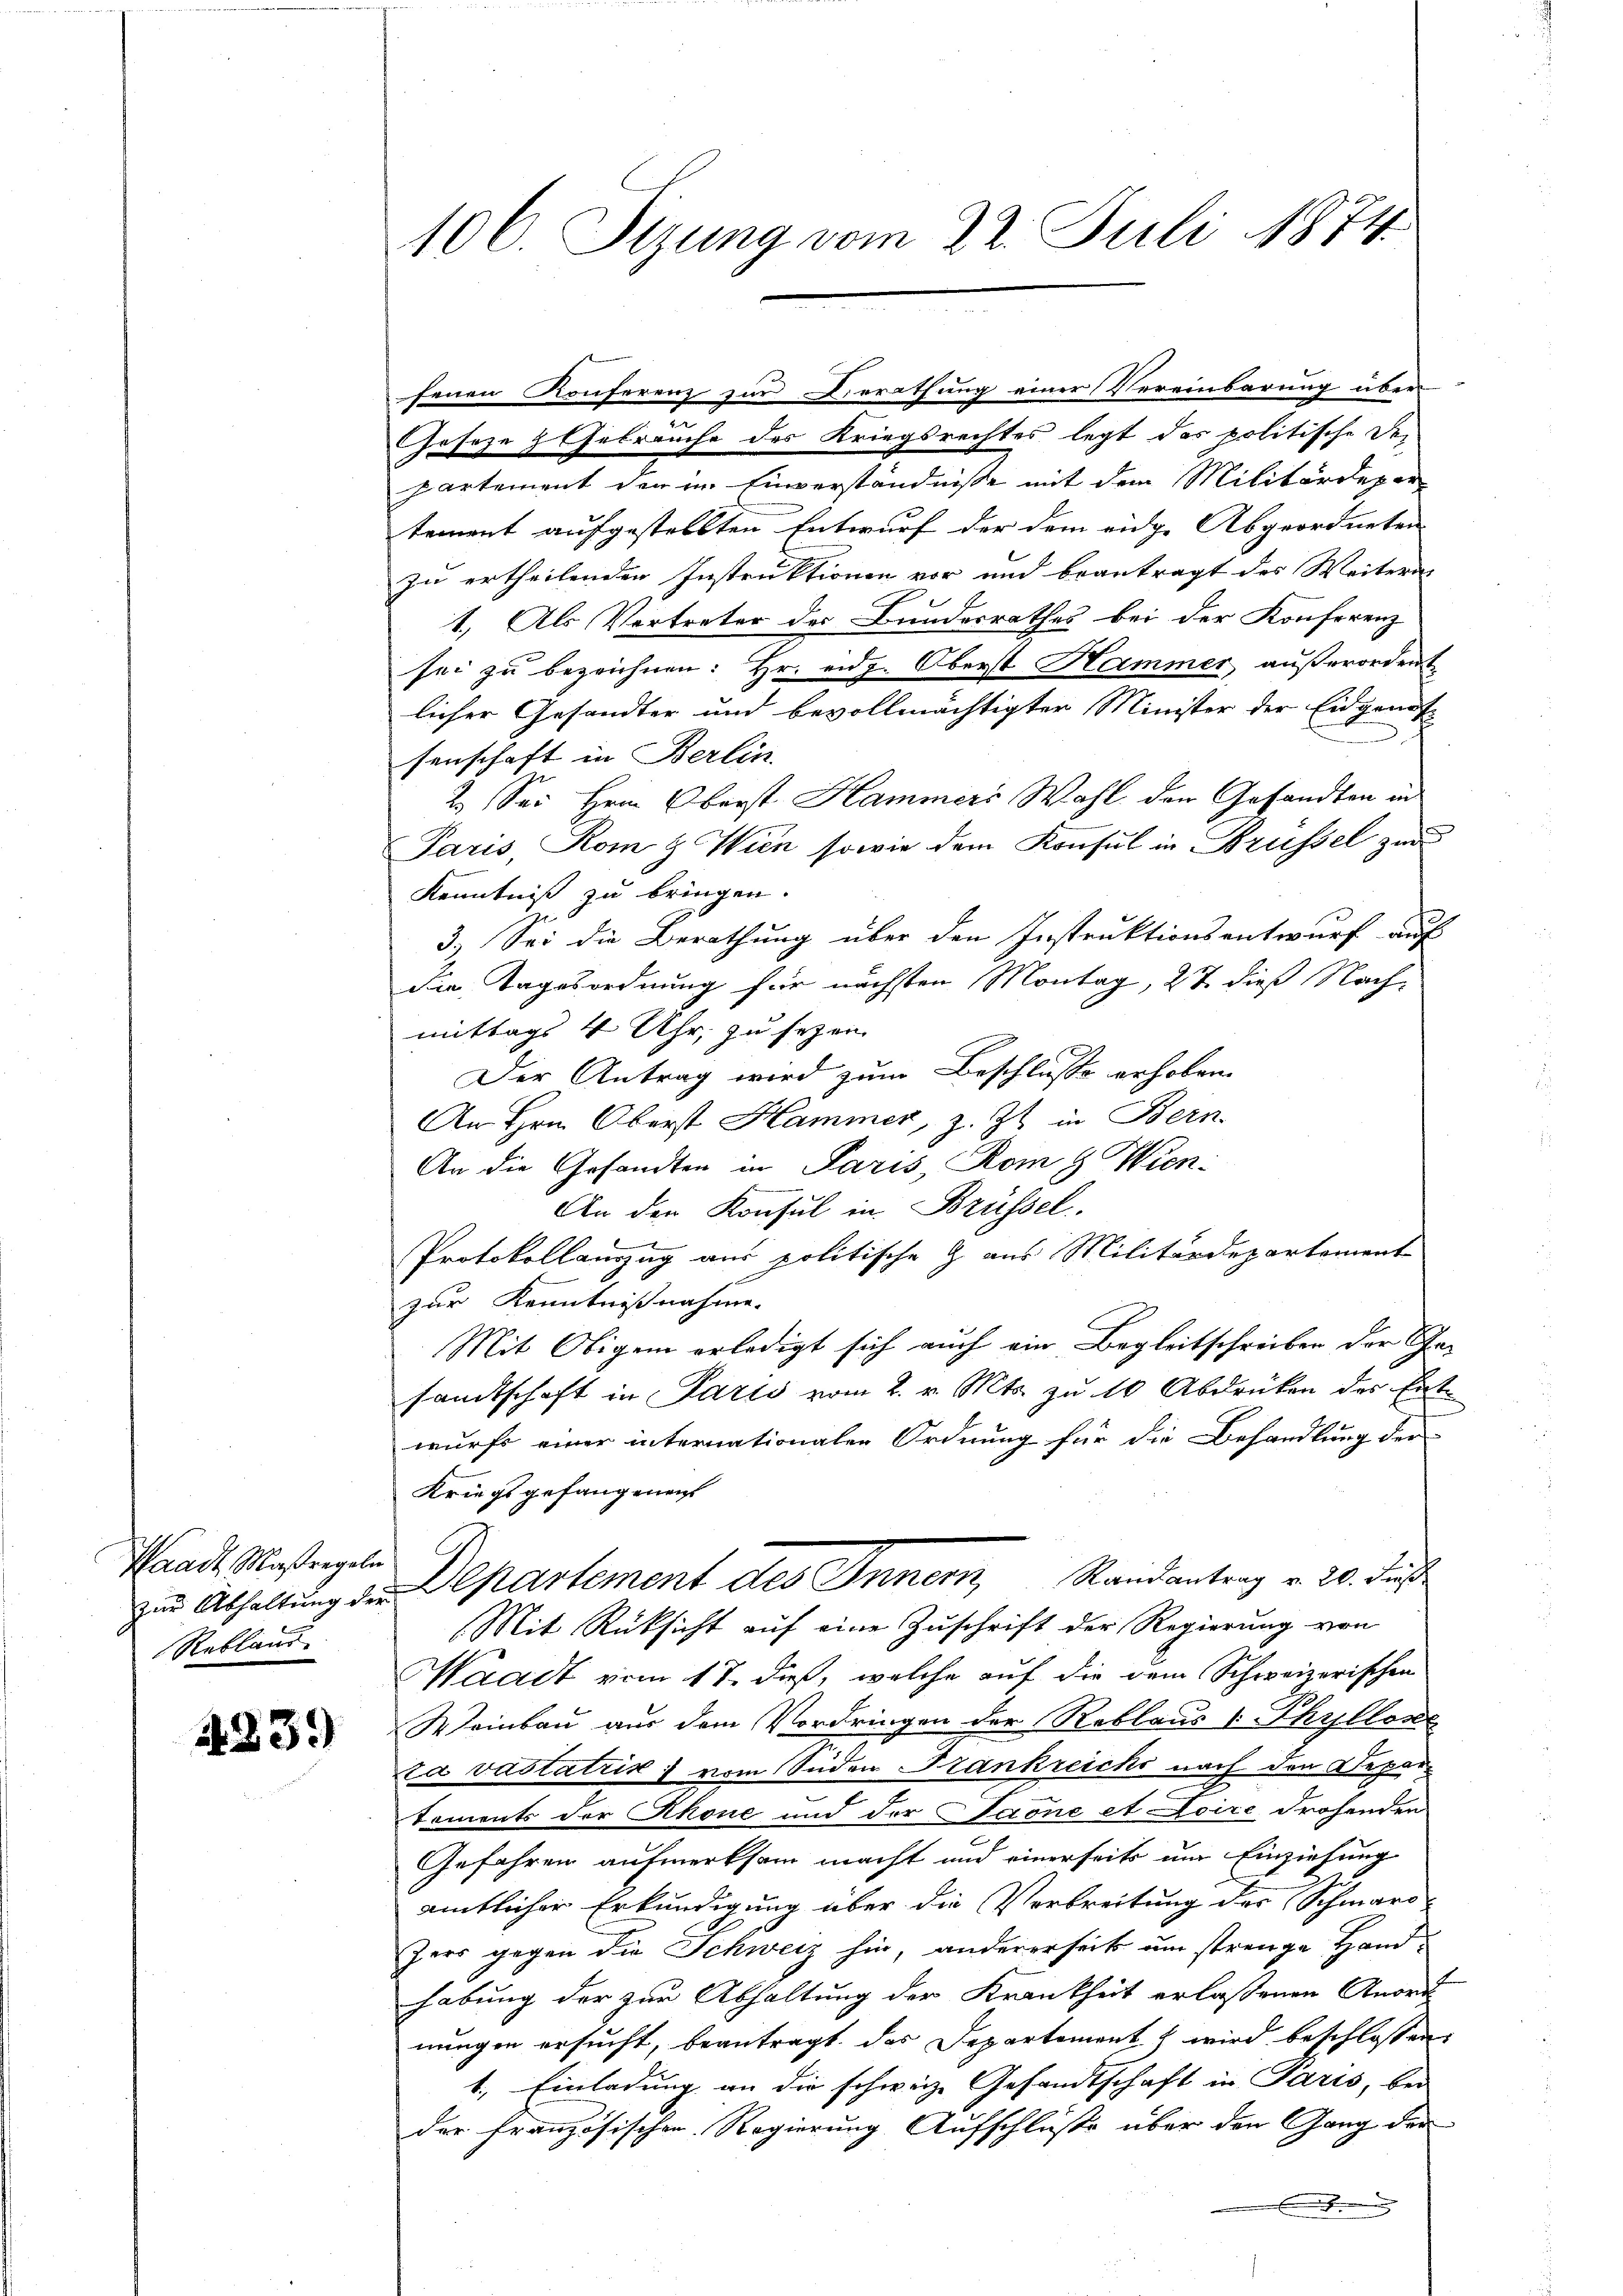
Waadt, Maßregeln
Reblans

1339)

106. Sizung vom 22. Juli 1874.

Geseze & Gebräuche des Kriegsrechtes legt das politische Departement der im Einverständnisse mit dem Militärdepar
tement aufgestellten Entwurf der dem eidge Abgeordneten |
zu ertheilenden Instruktionen vor und beantragt des Weitern
1. Als Vertreter des Bundesrathes bei der Konferenz
sei zu bezeichnen: Hr. eidg. Oberst Hammer außerordent
licher Gesandter und bevollmächtigter Minister der Eidgenosn
senschaft in Berlin
2.) Sei Hrn. Oberst Hammers Wahl den Gesandten in
Paris, Rom & Wien sowie dem Konsul in Brüssel zur
Kenntniß zu bringen.
3.) Sei die Berathung über den Instruktionsentwurf auf
die Tagesordnung für nächsten Montag, 27 dieß Nachmittags 4 Uhr, zu sezen.
Der Antrag wird zum Beschlusse erhoben.
An Hrn. Oberst Hammer, z. Zt. in Bern.
An die Gesandten in Paris, Rom 8. Wien
An den Konsul in Brüssel.
Protokollauszug aus politische Z. aus Militärdepartement
zur Kenntnißnahme.
Mit Obigem erledigt sich auch ein Begleitschreiben der Gesandtschaft in Paris vom 2. v. Mts. zu 10 Abdrüken des Entwurfs einer internationalen Ordnung für die Behandlung der
Kriegsgefangenen
zur Abhaltung der Departement des Innern, Randantrag v. 20. Fuß
Mit Rüksicht auf eine Zuschrift der Regierung von
Waadt vom 17. dieß, welche auf die dem Schweizerischen
Weinbau aus dem Vordringen der Reblaus 1 Phyllone
ra vastatis vom Süden Krankreichs nach den Departements der Rhone und der Paone et Loire drohenden
Gefahren aufmerksam macht und einerseits um Einziehung
amtlicher Erkundigung über die Verbreitung der Schmarr-
hers gegen die Schweiz hin, andererseits um strenge Handhabung der zur Abhaltung der Krankheit erlassenen Anord
nungen ersucht, beantragt, das Departement wird beschlossen
1. Einladung an die schweiz. Gesandtschaft in Paris, bei
der französischen Regierung Aufschlüße über den Gang der

fenen Konferenz zur Berathung einer Vereinbarung über